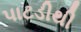
પાટડીથી